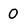
Character: 0